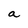
Character: a